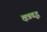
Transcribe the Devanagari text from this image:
क्षत्रवृद्ध